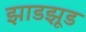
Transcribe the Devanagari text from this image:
झाडझूड